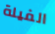
الفيلة